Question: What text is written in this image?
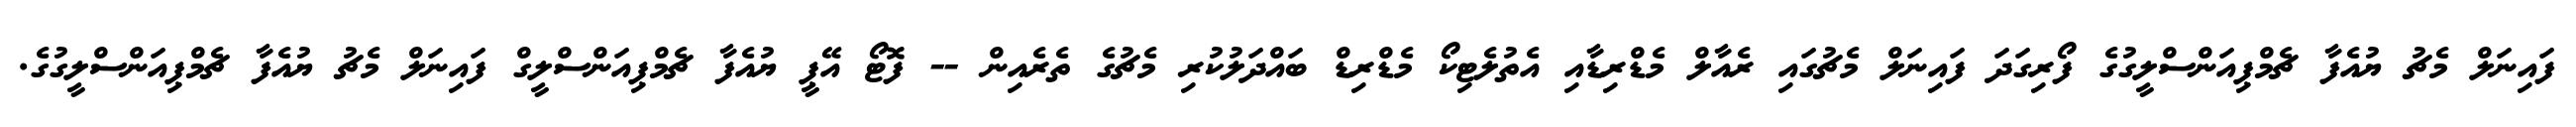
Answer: ފައިނަލް މެޗު ޔުއެފާ ޗެމްޕިއަންސްލީގުގެ ފޯރިގަދަ ފައިނަލް މެޗުގައި ރެއާލް މެޑްރިޑާއި އެތުލެޓިކޯ މެޑްރިޑް ބައްދަލުކުރި މެޗުގެ ތެރެއިން -- ފޮޓޯ އޭޕީ ޔުއެފާ ޗެމްޕިއަންސްލީގް ފައިނަލް މެޗު ޔުއެފާ ޗެމްޕިއަންސްލީގުގެ.